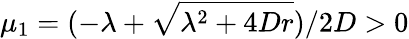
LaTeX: \mu_{1}=(-\lambda+\sqrt{\lambda^{2}+4Dr})/2D>0